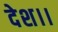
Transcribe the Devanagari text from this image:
देश।।